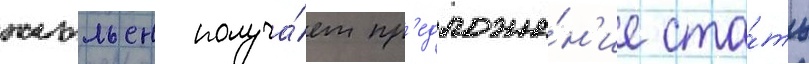
жюльен получа́ет пр'едложе́н'ие ста́ть